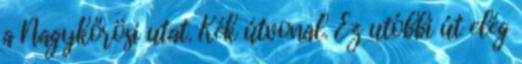
a Nagykőrösi utat. Kék útvonal. Ez utóbbi út elég